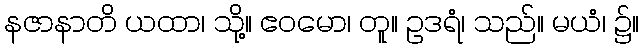
နဇာနာတိ ယထာ၊ သို့။ ဧဝမော၊ တူ။ ဥဒရံ၊ သည်။ မယံ၊ ၌။